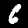
Digit: 6